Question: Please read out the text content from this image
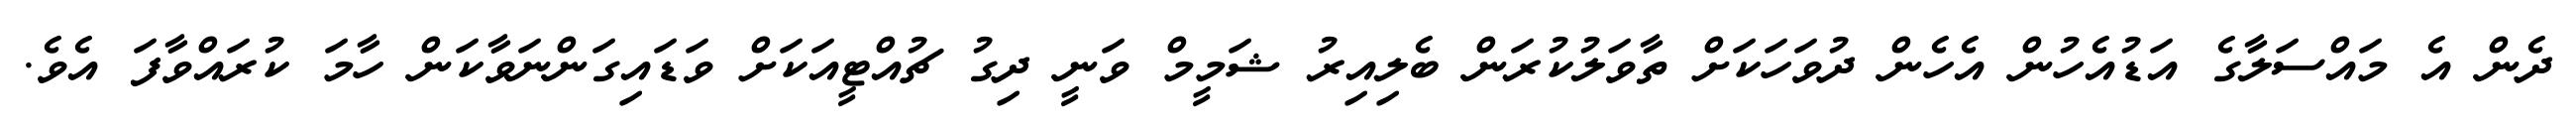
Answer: ދެން އެ މައްސަލާގެ އަޑުއެހުން އެހެން ދުވަހަކަށް ތާވަލުކުރަން ބެލިއިރު ޝަމީމް ވަނީ ދިގު ޗުއްޓީއަކަށް ވަޑައިގަންނަވާކަން ހާމަ ކުރައްވާފަ އެވެ.